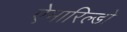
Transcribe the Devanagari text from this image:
ऐमारिल्डो